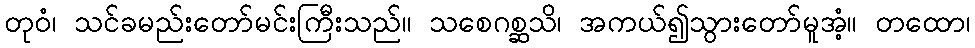
တုဝံ၊ သင်ခမည်းတော်မင်းကြီးသည်။ သစေဂစ္ဆသိ၊ အကယ်၍သွားတော်မူအံ့။ တထော၊